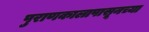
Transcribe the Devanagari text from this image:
पुराणकालापासूनच्या